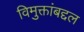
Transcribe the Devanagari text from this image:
विमुक्तांबद्दल